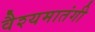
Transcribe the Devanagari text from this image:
वैश्यमातंगी